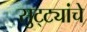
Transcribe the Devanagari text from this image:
सुट्ट्यांचे